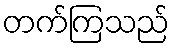
တက်ကြသည်